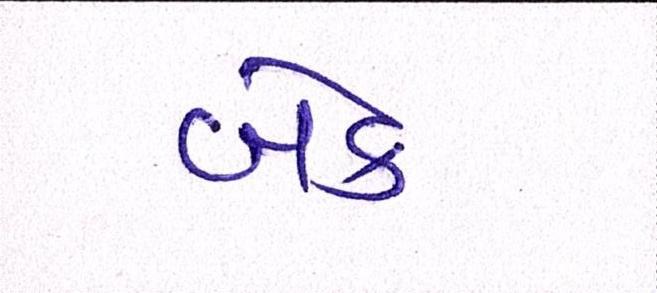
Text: બેક